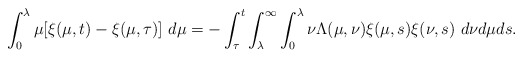
\begin{align*}\int_{0}^{\lambda}\mu[\xi(\mu,t)-\xi(\mu,\tau)]\ d\mu = -\int_{\tau}^{t}\int_{\lambda}^{\infty}\int_{0}^{\lambda}\nu\Lambda(\mu,\nu)\xi(\mu,s)\xi(\nu,s)\ d\nu d\mu ds.\end{align*}%\end{align*}